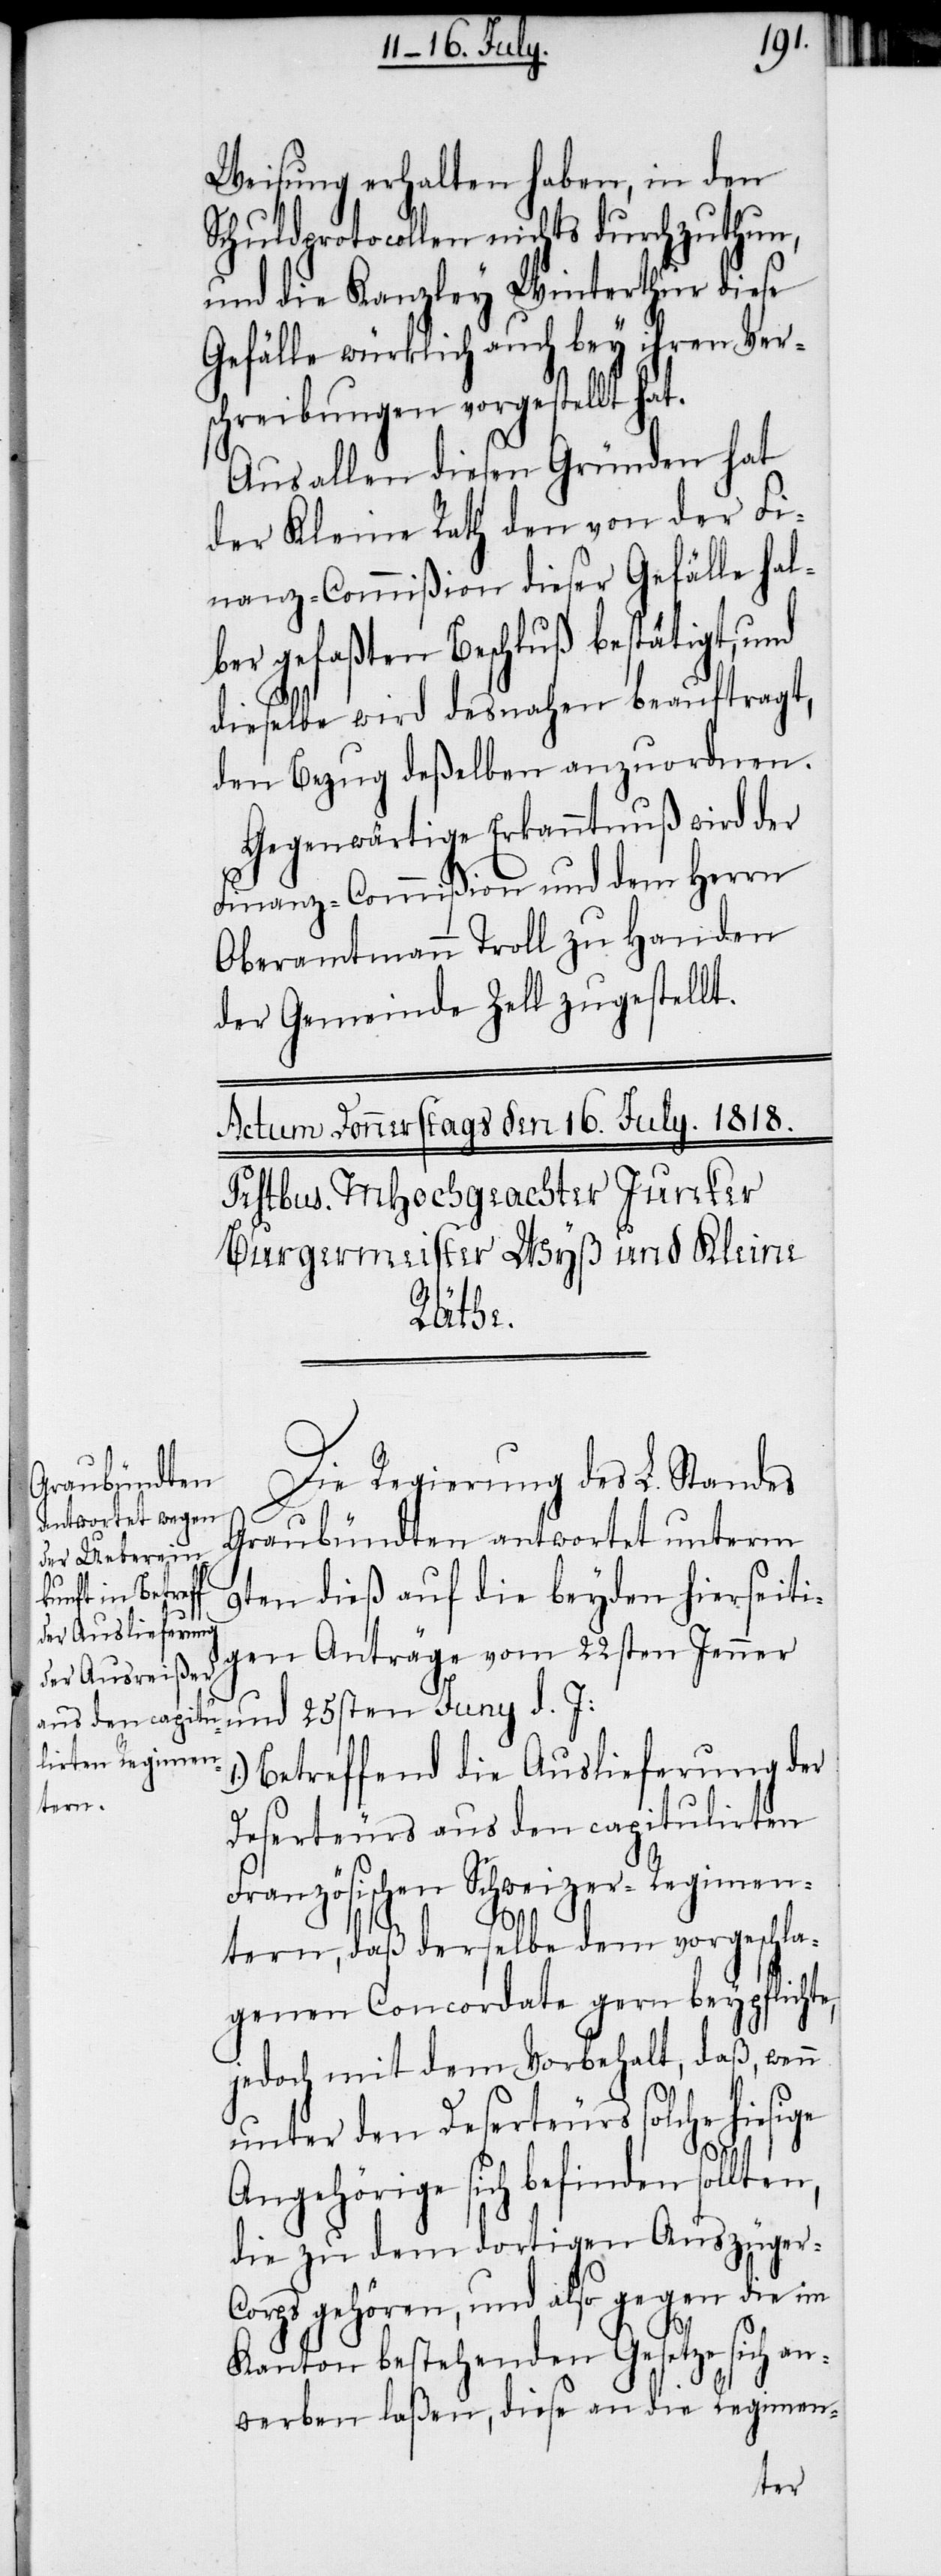
Weisung erhalten haben, in den
Schuldprotocollen nichts durchzuthun,
und die Kanzley Winterthur diese
Gefälle würklich auch bey ihren Ver¬
schreibungen vorgestellt ha¬
Aus allen diesen Gründen hat
der Kleine Rath den von der Fi¬
nanz-Commißion dieser Gefälle hal¬
ber gefaßten Beschluß bestätigt, und
dieselbe wird desnahen beauftragt,
den Bezug deßelben anzuordnen.
Gegenwärtige Erkanntnuß wird der
Finanz-Commißion und dem Herrn
Oberamtmann Troll zu Handen
der Gemeinde Zell zugestellt.
sige
Die Regierung des L. Standes
Graubündten antwortet unterm
9ten dieß auf die beyden hierseiti¬
gen Anträge vom 22sten Jenner
und 25sten Juny d. J:
Betreffend die Auslieferung der
Deserteurs aus den capitulirten
Französischen Schweizer-Regimen¬
tern, daß derselbe dem vorgeschla¬
genen Concordate gern beypflichte,
jedoch mit dem Vorbehalt, daß, wenn
unter den Deserteurs solche hie¬
Angehörige sich befinden sollten,
die zu dem dortigen Auszüger-C¬
orps gehören, und also gegen die im
Kanton bestehenden Gesetze sich an¬
werben laßen, diese an die Regimen-